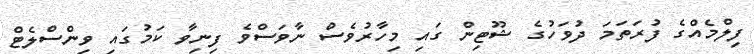
ފިލްމެއްގެ ފުރަތަމަ ދުވަހުގެ ޝޫޓިން ގައި މިހާރުވެސް ނާވަސްވެ ފިނިވާ ކަމުގައި ވިންސްލެޓް